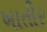
ખાતીર